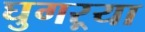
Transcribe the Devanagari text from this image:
घुगऱ्या